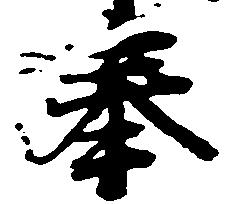
奉